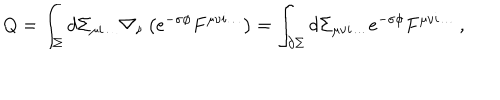
Q = \int _ { \Sigma } d \Sigma _ { \mu i \dots } \nabla _ { \nu } \left( e ^ { - \sigma \phi } F ^ { \mu \nu i \dots } \right) = \int _ { \partial \Sigma } d \Sigma _ { \mu \nu i \dots } e ^ { - \sigma \phi } F ^ { \mu \nu i \dots } \, ,